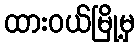
ထားဝယ်မြို့မှ